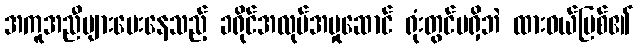
အကူအညီများပေးနေသည့် ခရိုင်အလုပ်အမှုဆောင် ရုံးတွင်မရှိဘဲ ထားဝယ်မြစ်၏